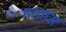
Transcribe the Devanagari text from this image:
गायात